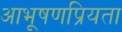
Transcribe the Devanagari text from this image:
आभूषणप्रियता